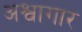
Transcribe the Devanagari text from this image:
अश्वागार